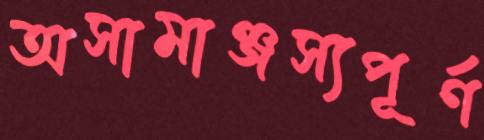
অসামাঞ্জস্যপূর্ণ